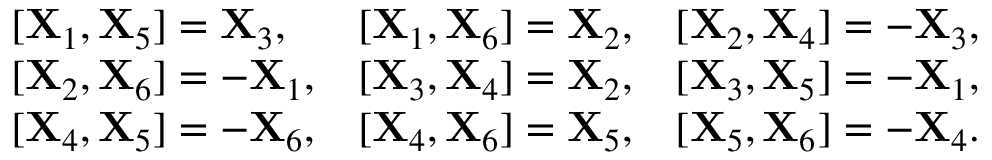
\begin{array} { l l l } { [ { \bf X } _ { 1 } , { \bf X } _ { 5 } ] = { \bf X } _ { 3 } , } & { [ { \bf X } _ { 1 } , { \bf X } _ { 6 } ] = { \bf X } _ { 2 } , } & { [ { \bf X } _ { 2 } , { \bf X } _ { 4 } ] = - { \bf X } _ { 3 } , } \\ { [ { \bf X } _ { 2 } , { \bf X } _ { 6 } ] = - { \bf X } _ { 1 } , } & { [ { \bf X } _ { 3 } , { \bf X } _ { 4 } ] = { \bf X } _ { 2 } , } & { [ { \bf X } _ { 3 } , { \bf X } _ { 5 } ] = - { \bf X } _ { 1 } , } \\ { [ { \bf X } _ { 4 } , { \bf X } _ { 5 } ] = - { \bf X } _ { 6 } , } & { [ { \bf X } _ { 4 } , { \bf X } _ { 6 } ] = { \bf X } _ { 5 } , } & { [ { \bf X } _ { 5 } , { \bf X } _ { 6 } ] = - { \bf X } _ { 4 } . } \end{array}